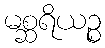
မစ္ဆရိယဉ္စ